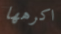
اكرهها